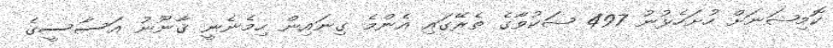
ކޮމިޝަނަށް ހުށަހެޅުނު 497 ޝަކުވާގެ ތެރޭގައި އެންމެ ގިނައިން ހިމެނެނީ ޤާނޫނު އަސާސީގެ